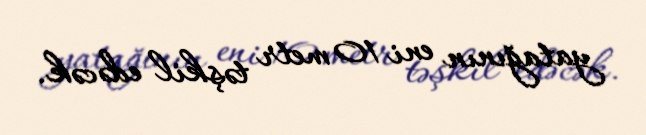
yatağının eni 10 metr təşkil edəcək.